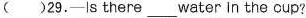
( )29.-ls there ___ water In the oup?